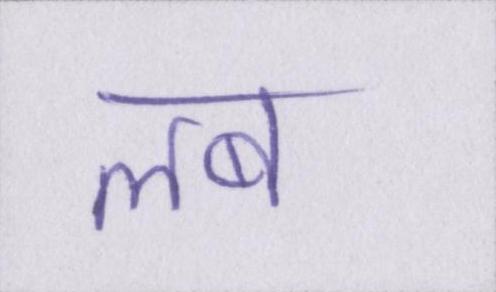
लब